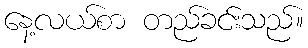
နေ့လယ်စာ တည်ခင်းသည်။